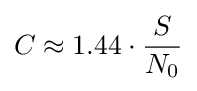
C\approx 1.44\cdot {S \over N_{0}}